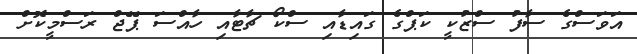
އަވަސްގެ ސާފު ސްޒުކީ ކަޕްގެ ގައިޑާއި ސްކޯ ޗާޓާއި ހާއްސަ ޕޭޖް ރަސްމީކޮށް